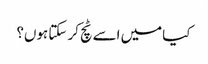
کیا میں اسے ٹچ کر سکتا ہوں؟